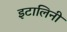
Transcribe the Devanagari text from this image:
इटालिनी